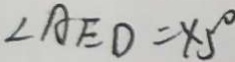
\angle A E D = 4 5 ^ { \circ }